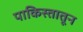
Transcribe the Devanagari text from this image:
पाकिस्तातून